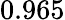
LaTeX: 0.965